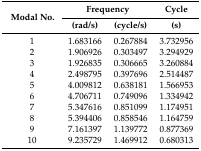
| <ROWSPAN=2> Modal No. | <COLSPAN=2> Frequency | Cycle |
 | (rad/s) | (cycle/s) | (s) |
 | --- | --- | --- | --- |
 | 1 | 1.683166 | 0.267884 | 3.732956 |
 | 2 | 1.906926 | 0.303497 | 3.294929 |
 | 3 | 1.926835 | 0.306665 | 3.260884 |
 | 4 | 2.498795 | 0.397696 | 2.514487 |
 | 5 | 4.009812 | 0.638181 | 1.566953 |
 | 6 | 4.706711 | 0.749096 | 1.334942 |
 | 7 | 5.347616 | 0.851099 | 1.174951 |
 | 8 | 5.394406 | 0.858546 | 1.164759 |
 | 9 | 7.161397 | 1.139772 | 0.877369 |
 | 10 | 9.235729 | 1.469912 | 0.680313 |